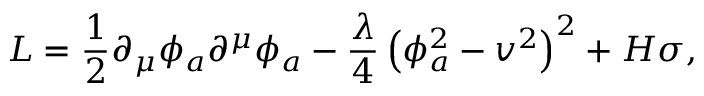
{ \cal L } = \frac 1 2 \partial _ { \mu } \phi _ { a } \partial ^ { \mu } \phi _ { a } - \frac { \lambda } 4 \left( \phi _ { a } ^ { 2 } - v ^ { 2 } \right) ^ { 2 } + H \sigma ,